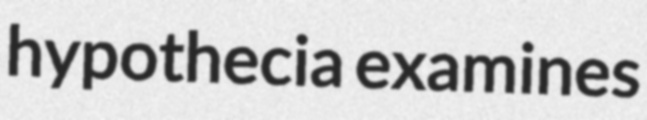
hypothecia examines